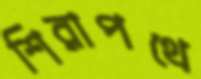
শিরাপথে